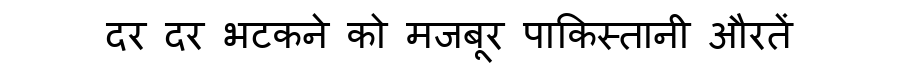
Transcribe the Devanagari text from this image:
दर दर भटकने को मजबूर पाकिस्तानी औरतें